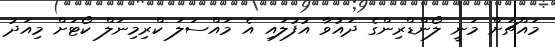
މައްޗަށް މަނީ ލޯންޑްރިންގެ ދައުވާ އުފުލައި އެ މައްސަލަ ކްރިމިނަލް ކޯޓަށް މިއަދު